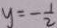
y = - \frac { 1 } { 2 }